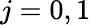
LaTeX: j=0,1